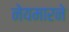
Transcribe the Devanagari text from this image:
नेयमारने